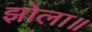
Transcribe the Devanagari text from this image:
झोला॥